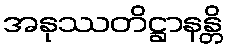
အနုဿတိဋ္ဌာနန္တိ